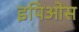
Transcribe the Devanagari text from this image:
इपिओस